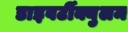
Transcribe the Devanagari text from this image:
डाइवर्टीक्युलम